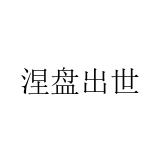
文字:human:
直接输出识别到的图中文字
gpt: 涅盘出世